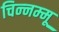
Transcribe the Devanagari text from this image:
चिन्‍नम्‍मू